Civil Veterinary Department. Central Provinces & Berar 1932-41 - 1932-1941
Year: 1932
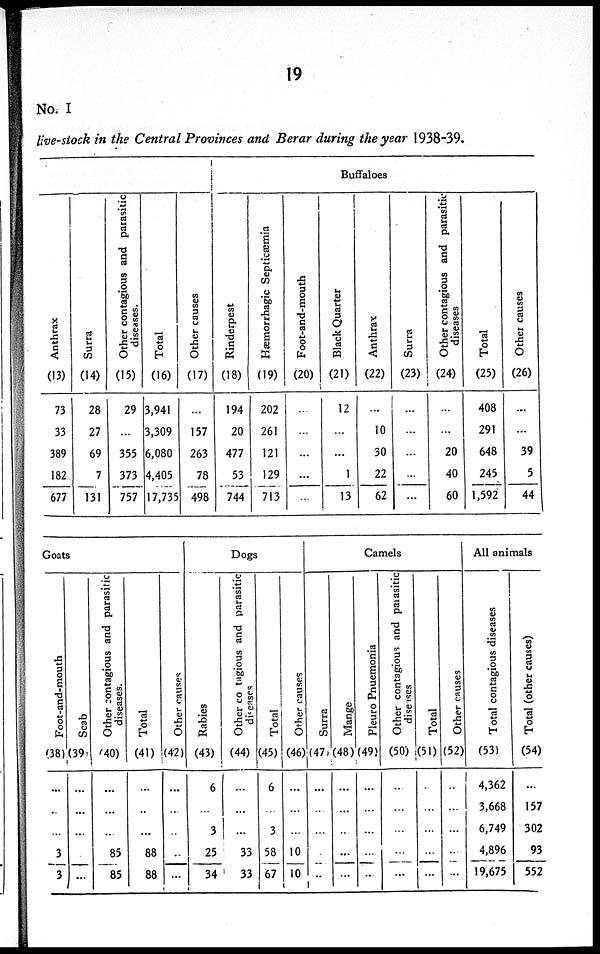
19
No. I
live-stock in the Central Provinces and Berar during the year 1938-39.
Anthrax
(13)
73
33
389
182
677
Surra
(14)
28
27
69
7
131
Other contagious and parasitic
diseases.
(15)
29
...
355
373
757
Total
(16)
3,941
3,309
6,080
4,405
17,735
Other causes
(17)
...
157
263
78
498
Buffaloes
Rinderpest
(18)
194
20
477
53
744
Hæmorrhagic Septicæmia
(19)
202
261
121
129
713
Foot-and-mouth
(20)
...
...
...
...
...
Black Quarter
(21)
12
...
...
1
13
Anthrax
(22)
...
10
30
22
62
Surra
(23)
...
...
...
...
...
Other contagious and parasitic
diseases
(24)
...
...
20
40
60
Total
(25)
408
291
648
245
1,592
Other causes
(26)
...
...
39
5
44
Goats
Foot-and-mouth
(38)
...
..
...
3
3
Scab
(39)
...
...
...
...
Other contagious and parasitic
diseases.
(40)
...
...
...
85
85
Total
(41)
...
..
...
88
88
Other causes
(42)
...
..
..
..
...
Dogs
Rabies
(43)
6
...
3
25
34
Other contagious
and parasitic
diseases
(44)
...
...
...
33
33
Total
(45)
6
...
3
58
67
Other causes
(46)
...
...
...
10
10
Camels
Surra
(47)
...
...
...
.
..
Mange
(48)
...
...
...
...
...
Pleuro Pnuemonia
(49)
...
...
...
...
...
Other contagious and parasitic
diseases
(50)
...
...
...
...
...
Total
(51)
...
...
...
...
...
Other causes
(52)
...
...
...
...
...
All animals
Total contagious diseases
(53)
4,362
3,668
6,749
4,896
19,675
Total (other causes)
(54)
...
157
302
93
552